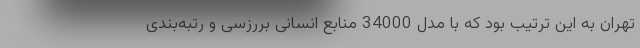
تهران به این ترتیب بود که با مدل 34000 منابع انسانی بررزسی و رتبه‌بندی